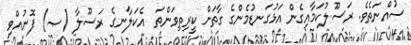
ސުއްނަތެވެ. ރަސޫލުކަމާއިގެން އަޅުގަނޑުމެންގެ ގާތަށް ކީރިތިވަންތަ  އެކަލާނގެ ރަސޫލާ (ޞ) ފޮނުއްވި